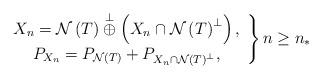
LaTeX: \begin{align*}\left.\begin{array}{c}X_{n}=\mathcal{N}\left( T\right) \overset{\bot }{\oplus }\left( X_{n}\cap\mathcal{N}\left( T\right) ^{\bot }\right) , \\P_{X_{n}}=P_{\mathcal{N}\left( T\right) }+P_{X_{n}\cap \mathcal{N}\left(T\right) ^{\bot }},\end{array}\right\} n\geq n_{\ast } \end{align*}